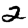
Digit: 2